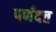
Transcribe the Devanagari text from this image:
पर्णदत्त